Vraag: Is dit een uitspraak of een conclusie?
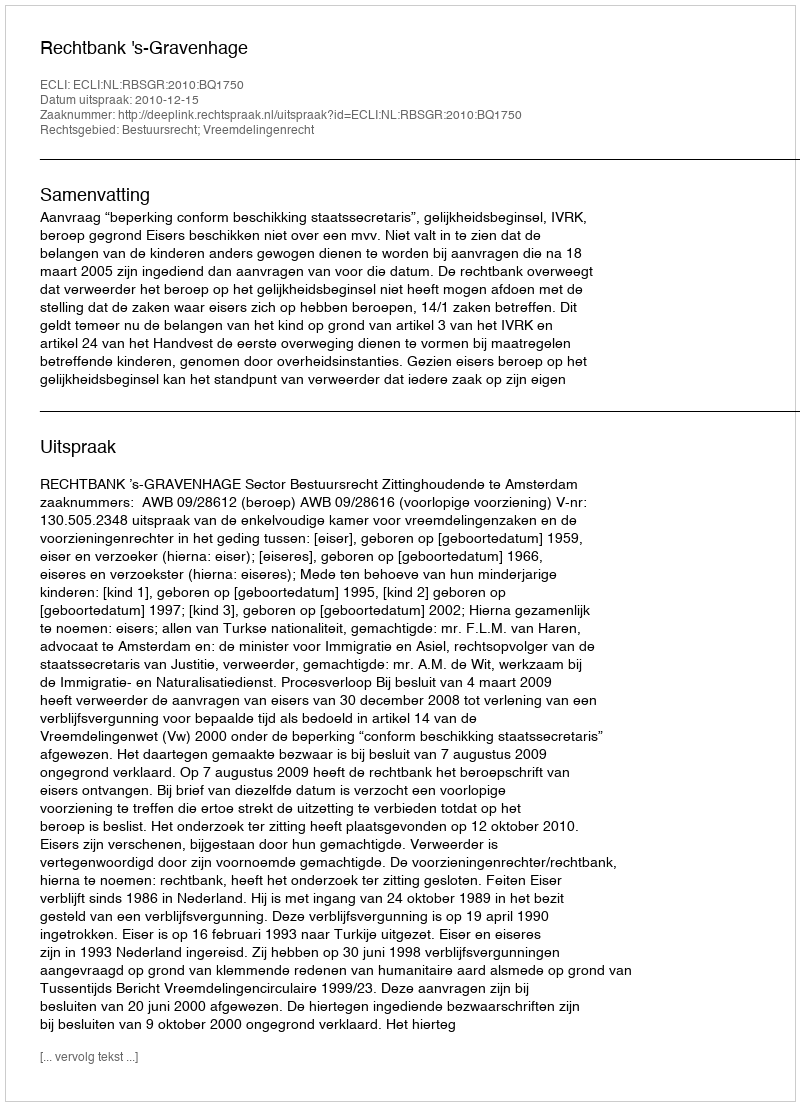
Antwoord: Uitspraak